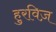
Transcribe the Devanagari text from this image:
हुरविज़